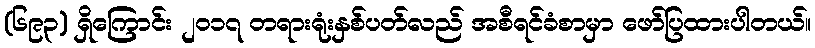
(၆၉၃) ရှိကြောင်း ၂၀၁၇ တရားရုံးနှစ်ပတ်လည် အစီရင်ခံစာမှာ ဖော်ပြထားပါတယ်။